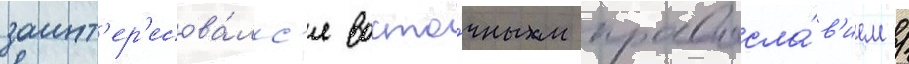
заинт'ер'есова́лс'я восто́чным правосла́в'ием /